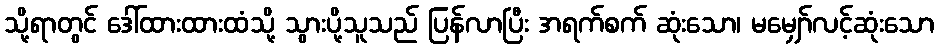
သို့ရာတွင် ဒေါ်ထားထားထံသို့ သွားပို့သူသည် ပြန်လာပြီး အရက်စက် ဆုံးသော၊ မမျှော်လင့်ဆုံးသော